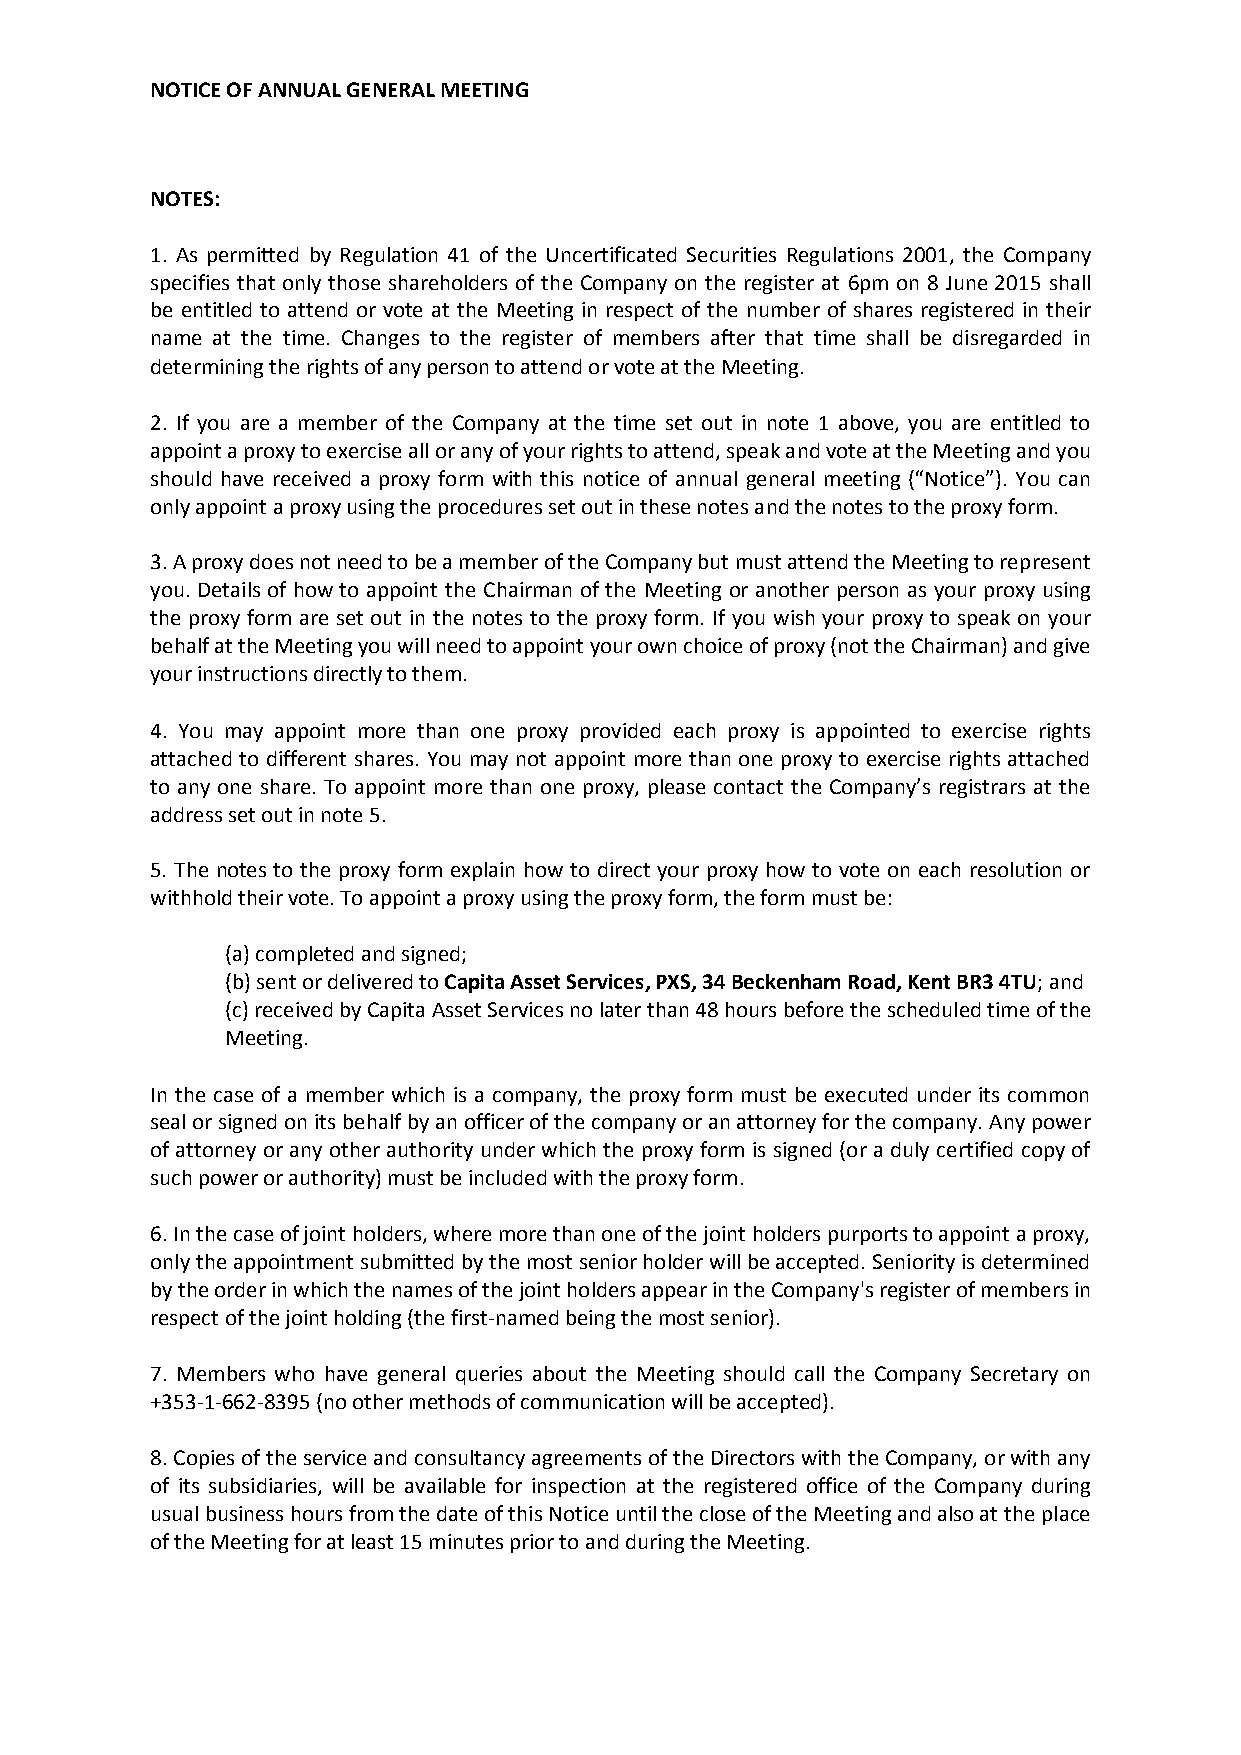
NOTICE OF ANNUAL GENERAL MEETING
 NOTES:
 1. As permitted by Regulation 41 of the Uncertificated Securities Regulations 2001, the Company
 specifies that only those shareholders of the Company on the register at 6pm on 8 June 2015 shall
 be entitled to attend or vote at the Meeting in respect of the number of shares registered in their
 name at the time. Changes to the register of members after that time shall be disregarded in
 determining the rights of any person to attend or vote at the Meeting.
 2. If you are a member of the Company at the time set out in note 1 above, you are entitled to
 appoint a proxy to exercise all or any of your rights to attend, speak and vote at the Meeting and you
 should have received a proxy form with this notice of annual general meeting (“Notice”). You can
 only appoint a proxy using the procedures set out in these notes and the notes to the proxy form.
 3. A proxy does not need to be a member of the Company but must attend the Meeting to represent
 you. Details of how to appoint the Chairman of the Meeting or another person as your proxy using
 the proxy form are set out in the notes to the proxy form. If you wish your proxy to speak on your
 behalf at the Meeting you will need to appoint your own choice of proxy (not the Chairman) and give
 your instructions directly to them.
 4. You may appoint more than one proxy provided each proxy is appointed to exercise rights
 attached to different shares. You may not appoint more than one proxy to exercise rights attached
 to any one share. To appoint more than one proxy, please contact the Company’s registrars at the
 address set out in note 5.
 5. The notes to the proxy form explain how to direct your proxy how to vote on each resolution or
 withhold their vote. To appoint a proxy using the proxy form, the form must be:
 (a) completed and signed;
 (b) sent or delivered to Capita Asset Services, PXS, 34 Beckenham Road, Kent BR3 4TU; and
 (c) received by Capita Asset Services no later than 48 hours before the scheduled time of the
 Meeting.
 In the case of a member which is a company, the proxy form must be executed under its common
 seal or signed on its behalf by an officer of the company or an attorney for the company. Any power
 of attorney or any other authority under which the proxy form is signed (or a duly certified copy of
 such power or authority) must be included with the proxy form.
 6. In the case of joint holders, where more than one of the joint holders purports to appoint a proxy,
 only the appointment submitted by the most senior holder will be accepted. Seniority is determined
 by the order in which the names of the joint holders appear in the Company's register of members in
 respect of the joint holding (the first-named being the most senior).
 7. Members who have general queries about the Meeting should call the Company Secretary on
 +353-1-662-8395 (no other methods of communication will be accepted).
 8. Copies of the service and consultancy agreements of the Directors with the Company, or with any
 of its subsidiaries, will be available for inspection at the registered office of the Company during
 usual business hours from the date of this Notice until the close of the Meeting and also at the place
 of the Meeting for at least 15 minutes prior to and during the Meeting.